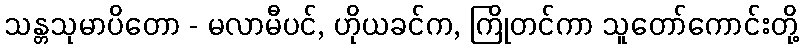
သန္တသုမာပိတော - မလာမီပင်, ဟိုယခင်က, ကြိုတင်ကာ သူတော်ကောင်းတို့